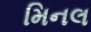
મિનલ